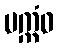
ပက္ကံဝ